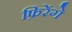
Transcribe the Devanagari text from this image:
फ़िरेंगे